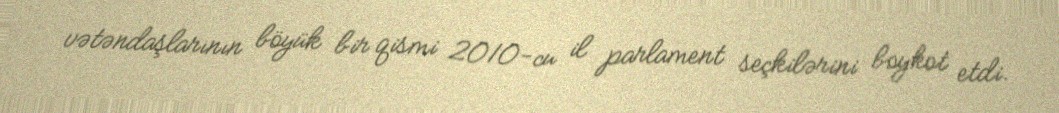
vətəndaşlarının böyük bir qismi 2010-cu il parlament seçkilərini boykot etdi.